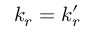
k _ { r } = k _ { r } ^ { \prime }